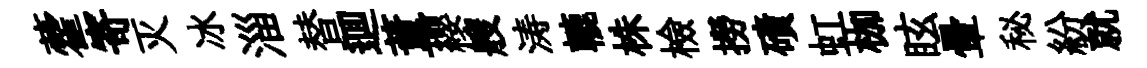
藿寄灭冰淄替逥董纓艘涛轆株檢撈磧虹枷眩暈秘紛就